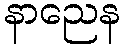
နာညေန